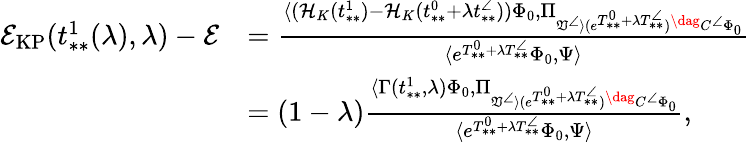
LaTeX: \begin{array}{rl}{\mathcal{E}_{\mathrm{KP}}(t_{**}^{1}(\lambda),\lambda)-\mathcal{E}}&{=\frac{\langle(\mathcal{H}_{K}(t_{**}^{1})-\mathcal{H}_{K}(t_{**}^{0}+\lambda t_{**}^{\angle}))\Phi_{0},\Pi_{\mathfrak{V}^{\angle}\rangle(e^{T_{**}^{0}+\lambda T_{**}^{\angle}})^{\dag}C^{\angle}\Phi_{0}}}{\langle e^{T_{**}^{0}+\lambda T_{**}^{\angle}}\Phi_{0},\Psi\rangle}}\\ &{=(1-\lambda)\frac{\langle\Gamma(t_{**}^{1},\lambda)\Phi_{0},\Pi_{\mathfrak{V}^{\angle}\rangle(e^{T_{**}^{0}+\lambda T_{**}^{\angle}})^{\dag}C^{\angle}\Phi_{0}}}{\langle e^{T_{**}^{0}+\lambda T_{**}^{\angle}}\Phi_{0},\Psi\rangle},}\end{array}